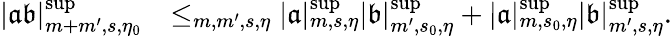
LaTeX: \begin{array}{rl}{|\mathfrak{a}\mathfrak{b}|_{m+m^{\prime},s,\eta_{0}}^{\operatorname*{sup}}}&{\le_{m,m^{\prime},s,\eta}|\mathfrak{a}|_{m,s,\eta}^{\operatorname*{sup}}|\mathfrak{b}|_{m^{\prime},s_{0},\eta}^{\operatorname*{sup}}+|\mathfrak{a}|_{m,s_{0},\eta}^{\operatorname*{sup}}|\mathfrak{b}|_{m^{\prime},s,\eta}^{\operatorname*{sup}}.}\end{array}